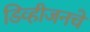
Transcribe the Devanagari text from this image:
डिव्हीजनचे